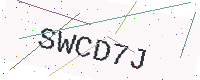
Text: SWCD7J